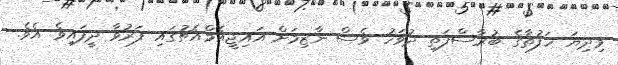
މިދިޔަ ހަފުތާގެ ބުރާސްފަތި ދުވަހު ވެސް ނާޒިމަށް އައިޖީއެމްއެޗުގައި ފަރުވާ ދީފައިވެ އެވެ.